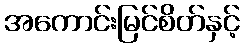
အကောင်းမြင်စိတ်နှင့်